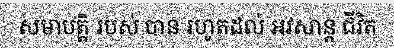
សមាបត្តិ របស់ បាន រហូតដល់ អវសាន្ត ជីវិត